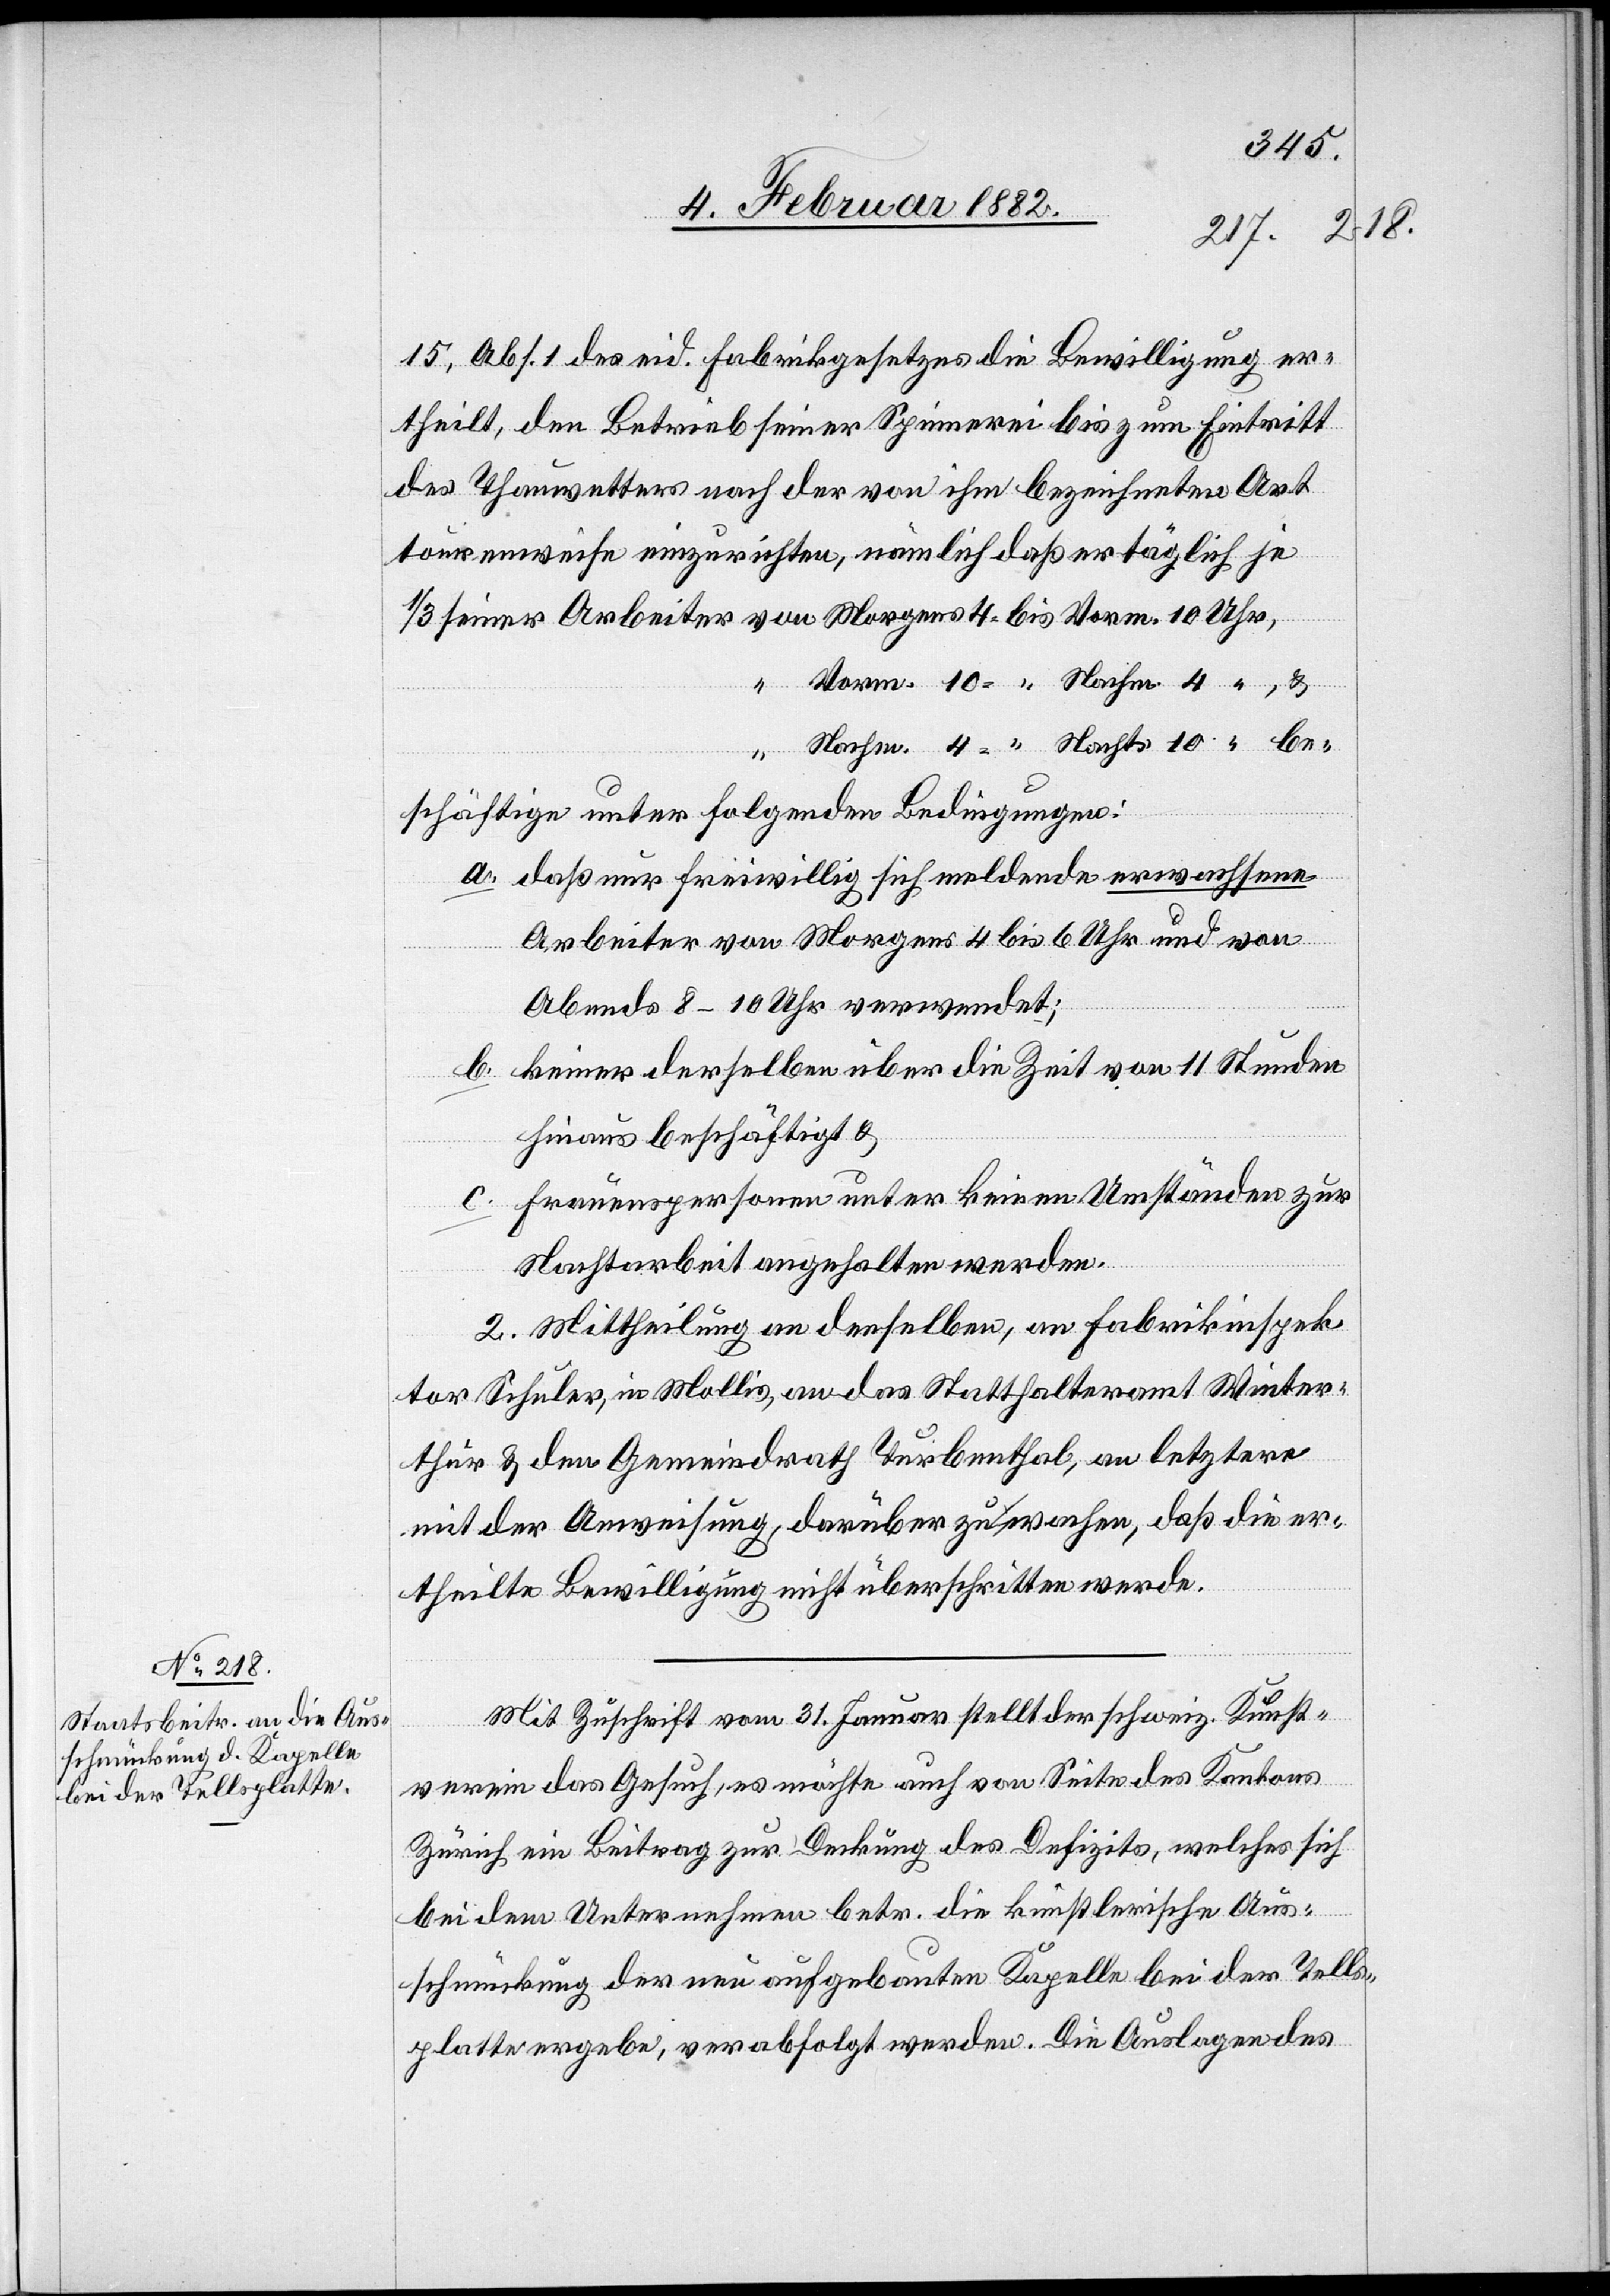
15, Abs. 1 des eid. Fabrikgesetzes die Bewilligung er¬
theilt, den Betrieb seiner Spinnerei bis zum Eintritt
des Thauwetters nach der von ihm bezeichneten Art
tourenweise einzurichten, nämlich daß er täglich je
1/3 seiner Arbeiter von Morgens 4 bis Vorm. 10 Uhr,
beschäftigen unter folgenden Bedingungen:
a. daß nur freiwillig sich meldende erwachsene
Arbeiter von Morgens 4 bis 6 Uhr und von
Abends 8–10 Uhr verwendet;
b. keiner derselben über die Zeit von 11 Stunden
hinaus beschäftigt &
c. Frauenspersonen unter keinen Umständen zur
Nachtarbeit angehalten werden.
2. Mittheilung an denselben, an Fabrikinspek¬
tor Schuler, in Mollis, an das Statthalteramt Winter¬
thur & den Gemeindrath Turbenthal, an letzteren
mit der Anweisung, darüber zu wachen, daß die er¬
theilte Bewilligung nicht überschritten werde.
Mit Zuschrift vom 31. Januar stellt der schweiz. Kunst¬
verein das Gesuch, es möchte auch von Seite des Kantons
Zürich ein Beitrag zur Deckung des Defizits, welches sich
bei dem Unternehmen betr. die künstlerische Aus¬
schmückung der neu aufgebauten Kapelle bei der Tells¬
platte ergeben, verabfolgt werden. Die Auslage des